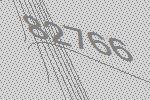
82766